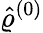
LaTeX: \hat{\varrho}^{(0)}